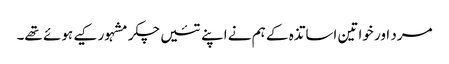
مرد اور خواتین اساتذہ کے ہم نے اپنے تئیں چکر مشہور کیے ہوئے تھے۔